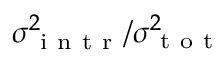
\sigma _ { \mathrm { ~ i ~ n ~ t ~ r ~ } } ^ { 2 } / \sigma _ { \mathrm { ~ t ~ o ~ t ~ } } ^ { 2 }